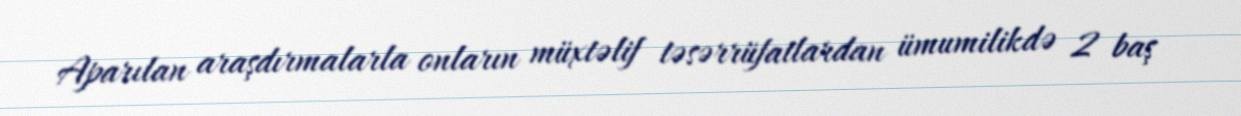
Aparılan araşdırmalarla onların müxtəlif təsərrüfatlardan ümumilikdə 2 baş